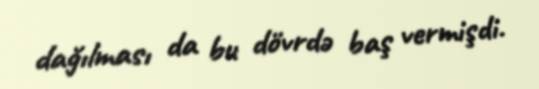
dağılması da bu dövrdə baş vermişdi.